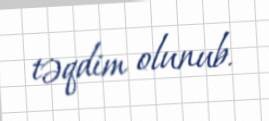
təqdim olunub.